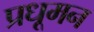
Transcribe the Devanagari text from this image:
प्रधूमन